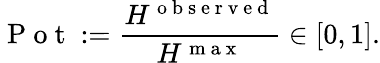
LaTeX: \mathrm{~P~o~t~}:=\frac{H^{\mathrm{~o~b~s~e~r~v~e~d~}}}{H^{\mathrm{~m~a~x~}}}\in[0,1].